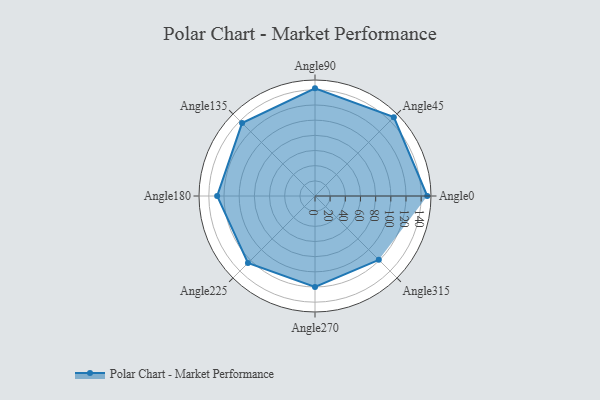
{"axis": {"x": "Angle", "y": "Radius"}, "legend": [""], "data": [{"x": "Angle0", "y": 148.0, "type": ""}, {"x": "Angle45", "y": 147.0, "type": ""}, {"x": "Angle90", "y": 142.0, "type": ""}, {"x": "Angle135", "y": 136.0, "type": ""}, {"x": "Angle180", "y": 129.0, "type": ""}, {"x": "Angle225", "y": 125.0, "type": ""}, {"x": "Angle270", "y": 120.0, "type": ""}, {"x": "Angle315", "y": 119.0, "type": ""}]}